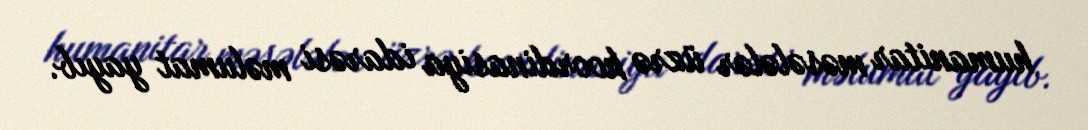
humanitar məsələlər üzrə koordinasiya idarəsi məlumat yayıb.